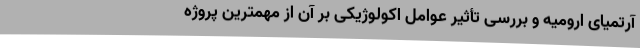
آرتمیای ارومیه و بررسی تأثیر عوامل اکولوژیکی بر آن از مهمترین پروژه